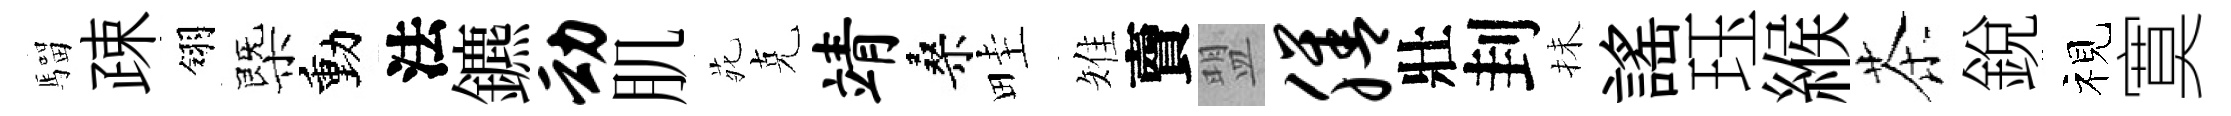
騮疎翎㮣動法鑣动肌𫟍克靖桑畦雉𧶠盟膳壯刲抺謡珏緱茶銳视寞